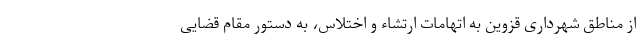
از مناطق شهرداری قزوین به اتهامات ارتشاء و اختلاس، به دستور مقام قضایی